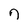
Character: 7